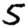
Digit: 5